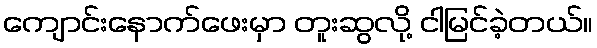
ကျောင်းနောက်ဖေးမှာ တူးဆွလို့ ငါမြင်ခဲ့တယ်။